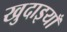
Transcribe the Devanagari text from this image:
खुदाइयाँ